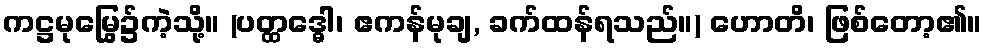
ကဋ္ဌမုမြွေ၌ကဲ့သို့။ (ပတ္ထဒ္ဓေါ၊ ဧကန်မုချ, ခက်ထန်ရသည်။) ဟောတိ၊ ဖြစ်တော့၏။